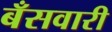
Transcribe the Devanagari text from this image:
बँसवारी